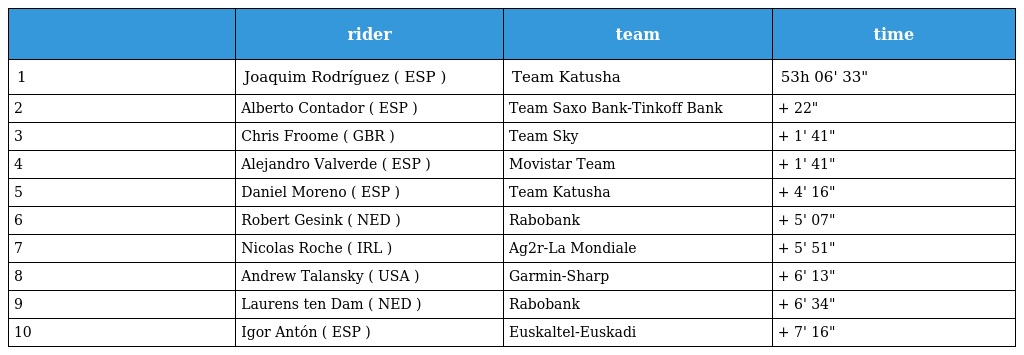
|  | rider | team | time |
 | --- | --- | --- | --- |
 | 1 | Joaquim Rodríguez ( ESP ) | Team Katusha | 53h 06' 33" |
 | 2 | Alberto Contador ( ESP ) | Team Saxo Bank-Tinkoff Bank | + 22" |
 | 3 | Chris Froome ( GBR ) | Team Sky | + 1' 41" |
 | 4 | Alejandro Valverde ( ESP ) | Movistar Team | + 1' 41" |
 | 5 | Daniel Moreno ( ESP ) | Team Katusha | + 4' 16" |
 | 6 | Robert Gesink ( NED ) | Rabobank | + 5' 07" |
 | 7 | Nicolas Roche ( IRL ) | Ag2r-La Mondiale | + 5' 51" |
 | 8 | Andrew Talansky ( USA ) | Garmin-Sharp | + 6' 13" |
 | 9 | Laurens ten Dam ( NED ) | Rabobank | + 6' 34" |
 | 10 | Igor Antón ( ESP ) | Euskaltel-Euskadi | + 7' 16" |